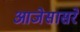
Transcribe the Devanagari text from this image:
आजेसासरे